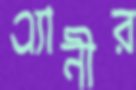
এ্যানীর